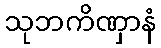
သုဘကိဏှာနံ